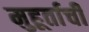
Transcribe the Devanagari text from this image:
मुहूर्ताची